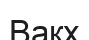
Вакх